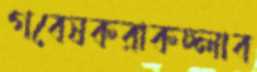
গবেষকরাকচ্‌লাব